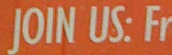
JOIN US: Fr